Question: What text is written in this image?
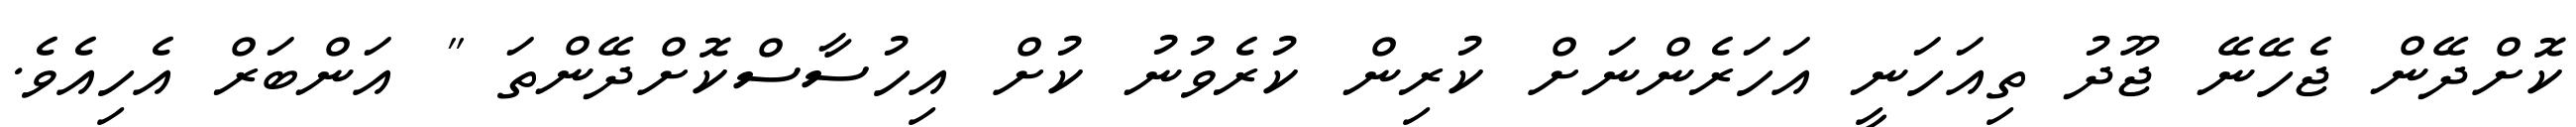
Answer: ކޮށްދޭން ޖެހޭނޭ ޖޫދު ތިއަހަނީ އަހަރެންނަށް ކުރިން ކުރެވުނު ކުށް އިހުސާސްކޮށްދޭންތަ " އަންބަރް އެހިއެވެ.